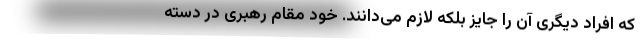
که افراد دیگری آن را جایز بلکه لازم می‌دانند. خود مقام رهبری در دسته